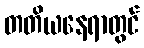
တတိယနေရာတွင်